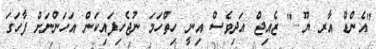
"އެންޑް އާރ ޔޫ..." ޒެއިޖް އަދިވެސް އިނީ ހިތްހަމަ ނުޖެހިފައިކަން އަހަންނަށް ފާހަގަ